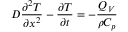
D \frac { \partial ^ { 2 } T } { \partial x ^ { 2 } } - \frac { \partial T } { \partial t } = - \frac { Q _ { V } } { \rho C _ { p } }